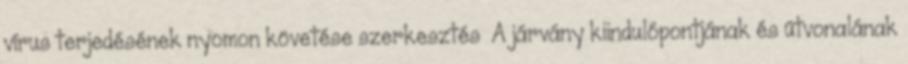
vírus terjedésének nyomon követése szerkesztés A járvány kiindulópontjának és útvonalának